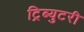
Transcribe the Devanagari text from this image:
ट्रिब्युटरी